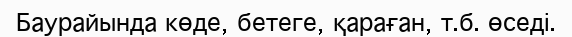
Баурайында көде, бетеге, қараған, т.б. өседі.